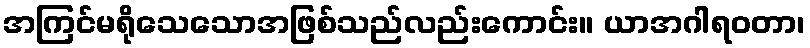
အကြင်မရိုသေသောအဖြစ်သည်လည်းကောင်း။ ယာအဂါရဝတာ၊